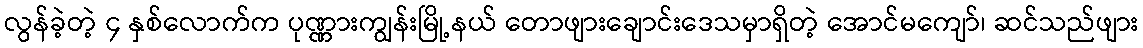
လွန်ခဲ့တဲ့ ၄ နှစ်လောက်က ပုဏ္ဏားကျွန်းမြို့နယ် တောဖျားချောင်းဒေသမှာရှိတဲ့ အောင်မကျော်၊ ဆင်သည်ဖျား